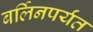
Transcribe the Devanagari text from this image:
बर्लिनपर्यंत